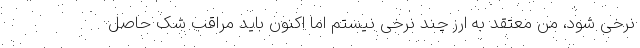
نرخی شود، من معتقد به ارز چند نرخی نیستم اما اکنون باید مراقب شک حاصل